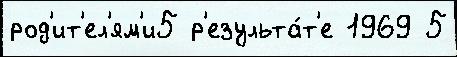
род'ит'ел'ям'и5 р'езульта́т'е 1969 5